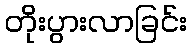
တိုးပွားလာခြင်း